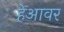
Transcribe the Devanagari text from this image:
हेआवर